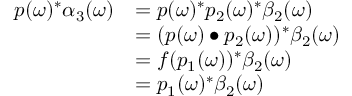
\begin{array} { r l } { p ( \omega ) ^ { * } \alpha _ { 3 } ( \omega ) } & { = p ( \omega ) ^ { * } p _ { 2 } ( \omega ) ^ { * } \beta _ { 2 } ( \omega ) } \\ & { = ( p ( \omega ) \bullet p _ { 2 } ( \omega ) ) ^ { * } \beta _ { 2 } ( \omega ) } \\ & { = f ( p _ { 1 } ( \omega ) ) ^ { * } \beta _ { 2 } ( \omega ) } \\ & { = p _ { 1 } ( \omega ) ^ { * } \beta _ { 2 } ( \omega ) } \end{array}